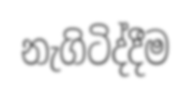
නැගිටිද්දීම